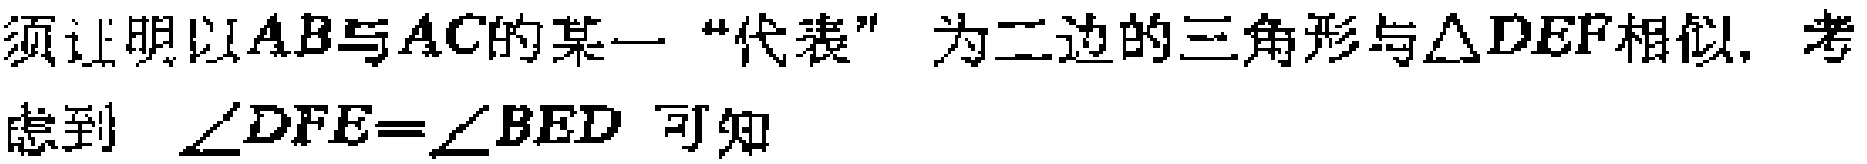
须证明以\(AB\)与\(AC\)的某一“代表”为二边的三角形与\(\triangle DEF\)相似, 考虑到 \(\angle DFE=\angle BED\) 可知